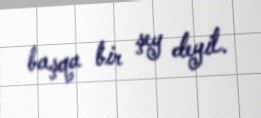
başqa bir şey deyil.